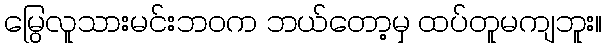
မြွေလူသားမင်းဘဝက ဘယ်တော့မှ ထပ်တူမကျဘူး။